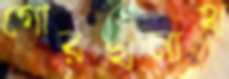
গোরখনাথ